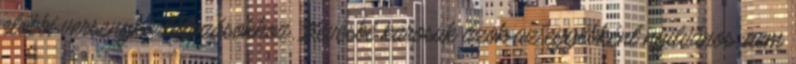
előbbi versenykorlátozásokhoz. Kevésbé károsak azok az egyébként nyilvános, nem